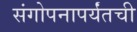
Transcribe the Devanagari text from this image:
संगोपनापर्यंतची